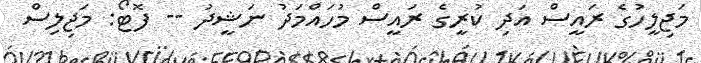
މަޖިލީހުގެ ރައީސް އަދި ކުރީގެ ރައީސް މުހައްމަދު ނަޝީދު -- ފޮޓޯ: މަޖިލިސް